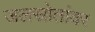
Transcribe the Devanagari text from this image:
जलस्रोतांवर